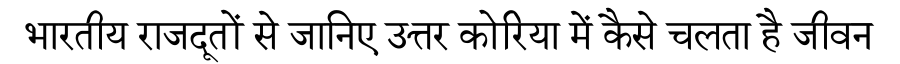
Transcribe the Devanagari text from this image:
भारतीय राजदूतों से जानिए उत्तर कोरिया में कैसे चलता है जीवन